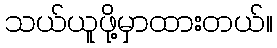
သယ်ယူဖို့မှာထားတယ်။